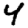
Digit: 4